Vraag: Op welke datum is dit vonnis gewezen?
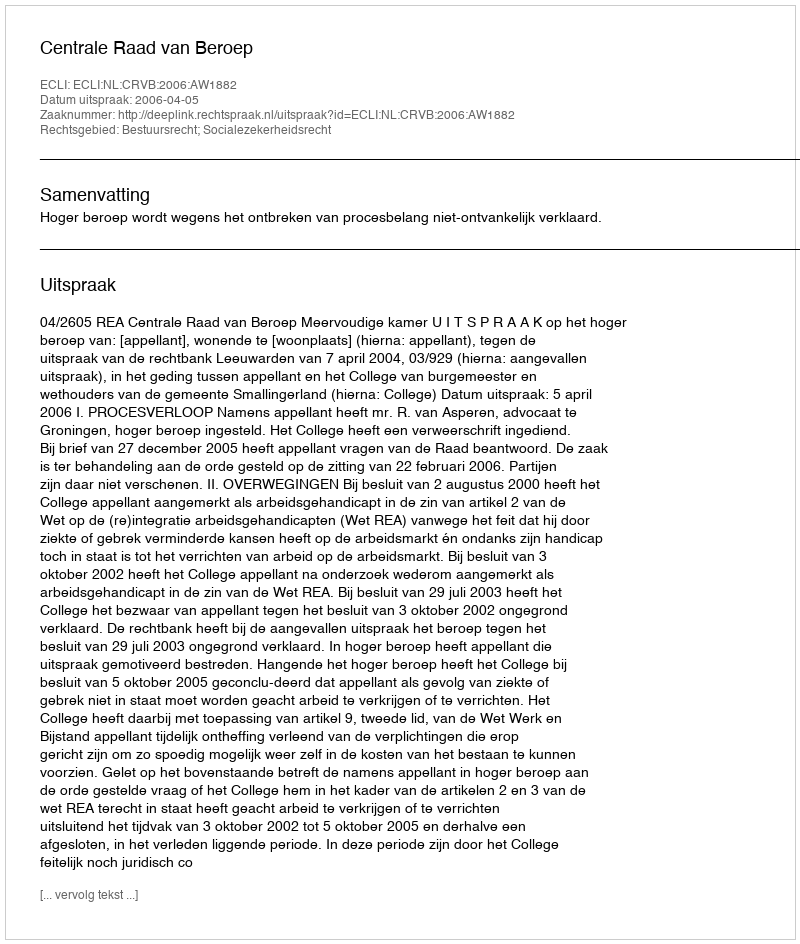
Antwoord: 2006-04-05